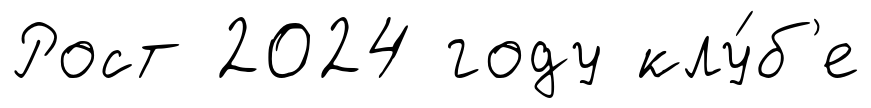
Рост 2024 году клу́б'е